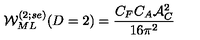
{ \cal W } _ { M L } ^ { ( 2 ; s e ) } ( D = 2 ) = \frac { C _ { F } C _ { A } { \cal A } _ { C } ^ { 2 } } { { 1 6 { \pi } ^ { 2 } } }